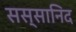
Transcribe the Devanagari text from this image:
सस्सानिद